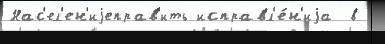
Нас'ел'ен'иjеправ'ить исправл'е́н'иjа  в